Newspaper: Grand Rapids morning telegram.
Place of publication: Grand Rapids, Mich.
Publisher: Telegram Pub. Co.
Date: 1885-07-17 00:00:00
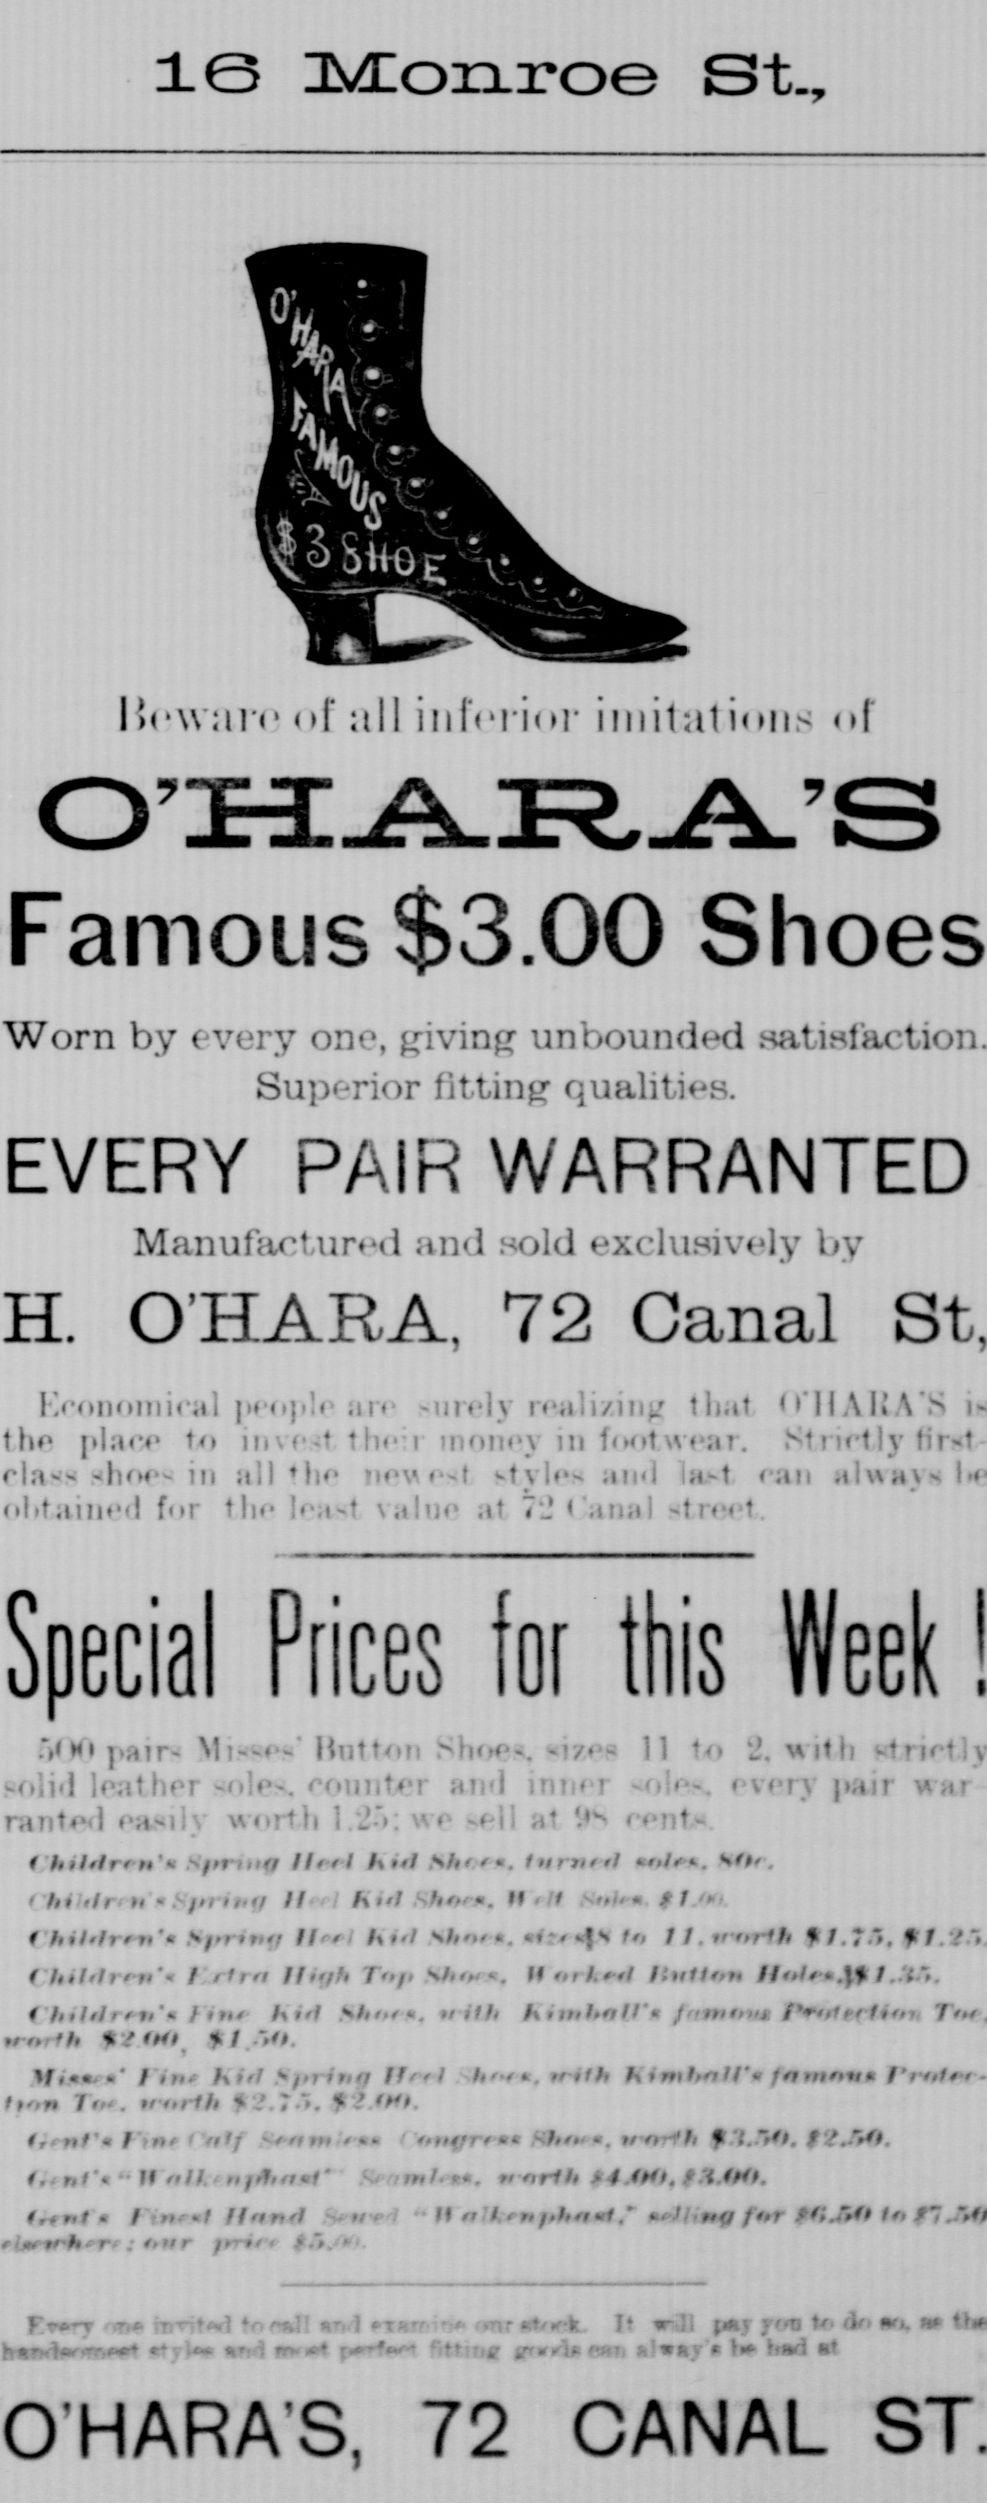
Advertisement text (OCR):
16 Monroe St., lie ware of all inferior imitations ol OHARA'S Famous $3.00 Shoes Worn by every one, giving unbounded satisfaction. Superior fitting qualities. EVERY PAIR WARRANTED Manufar4 uf tl and sold exclusively lv H. O'HARA, EroDoniical peciple an urely realizing thai II rla -hm- m all f mmpM btylen and i h -1 rati alwayw lie t t ;t 1 1 1 1 fr tlif Ii-t ,ihic ,t .iiial -tr't Soecial Prices 500 patm Mifties' Button Shoe, iixei soli! leather soles, counter nl Inner rantl ,'a.iiN worUi 1 J: we 11 at 1 uii ' ' n - r' ' ' ' Kiel Ifceee. lejmeaf aee . Ut i, - ...' MM. PI ' "" 1 hihlrm Sfritr II" i htl sl.. aH It . for t r ( hiMrf-m'" t rim Ihijh Ti Sh. M rkl HutUn Htf$1..'t '. 1r "t ' I -- 0 HARA S, 72 72 Canal St. for this Week ! ri H i pair t. riiiifi'' rrnnt l't.,1 CANAL ST.
Label: illustrations